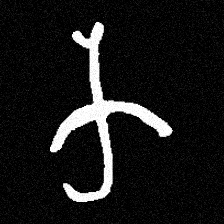
Pyu character \u2014 Myanmar letter: က (romanized: ka)